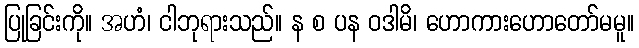
ပြုခြင်းကို။ အဟံ၊ ငါဘုရားသည်။ န စ ပန ဝဒါမိ၊ ဟောကားဟောတော်မမူ။